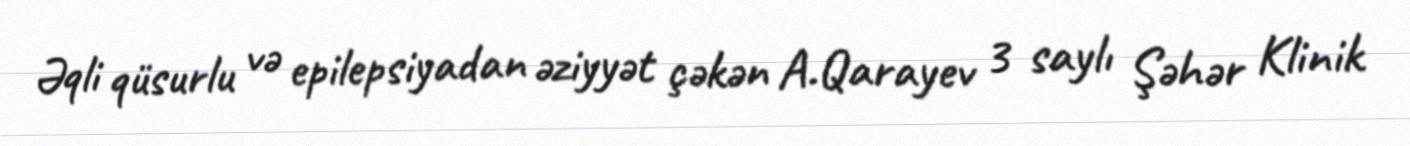
Əqli qüsurlu və epilepsiyadan əziyyət çəkən A.Qarayev 3 saylı Şəhər Klinik